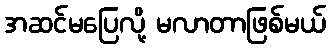
အဆင်မပြေလို့ မလာတာဖြစ်မယ်